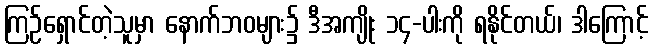
ကြဉ်ရှောင်တဲ့သူမှာ နောက်ဘဝများ၌ ဒီအကျိုး ၁၄-ပါးကို ရနိုင်တယ်၊ ဒါကြောင့်